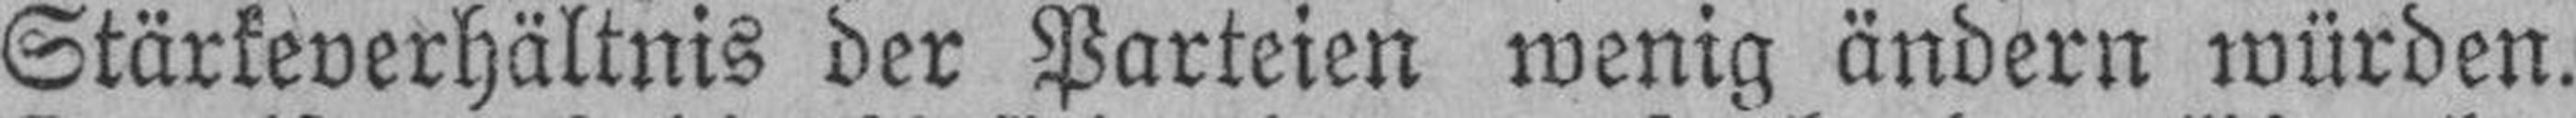
Stärkeverhältnis der Parteien wenig ändern würden.